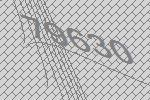
79630